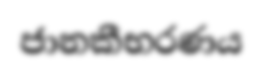
ජානකීභරණය